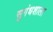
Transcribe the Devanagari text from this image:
सुगंधशाला